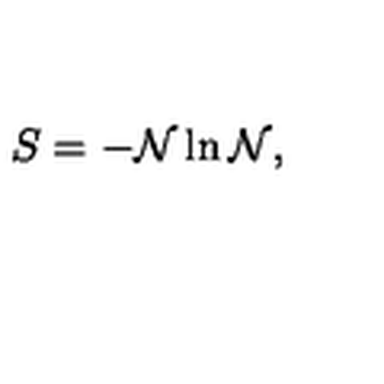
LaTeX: S = - { \cal N } \ln { \cal N } ,